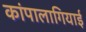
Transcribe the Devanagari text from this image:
कांपालागियाई